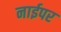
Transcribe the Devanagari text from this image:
नाईपर